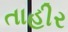
તાહીર